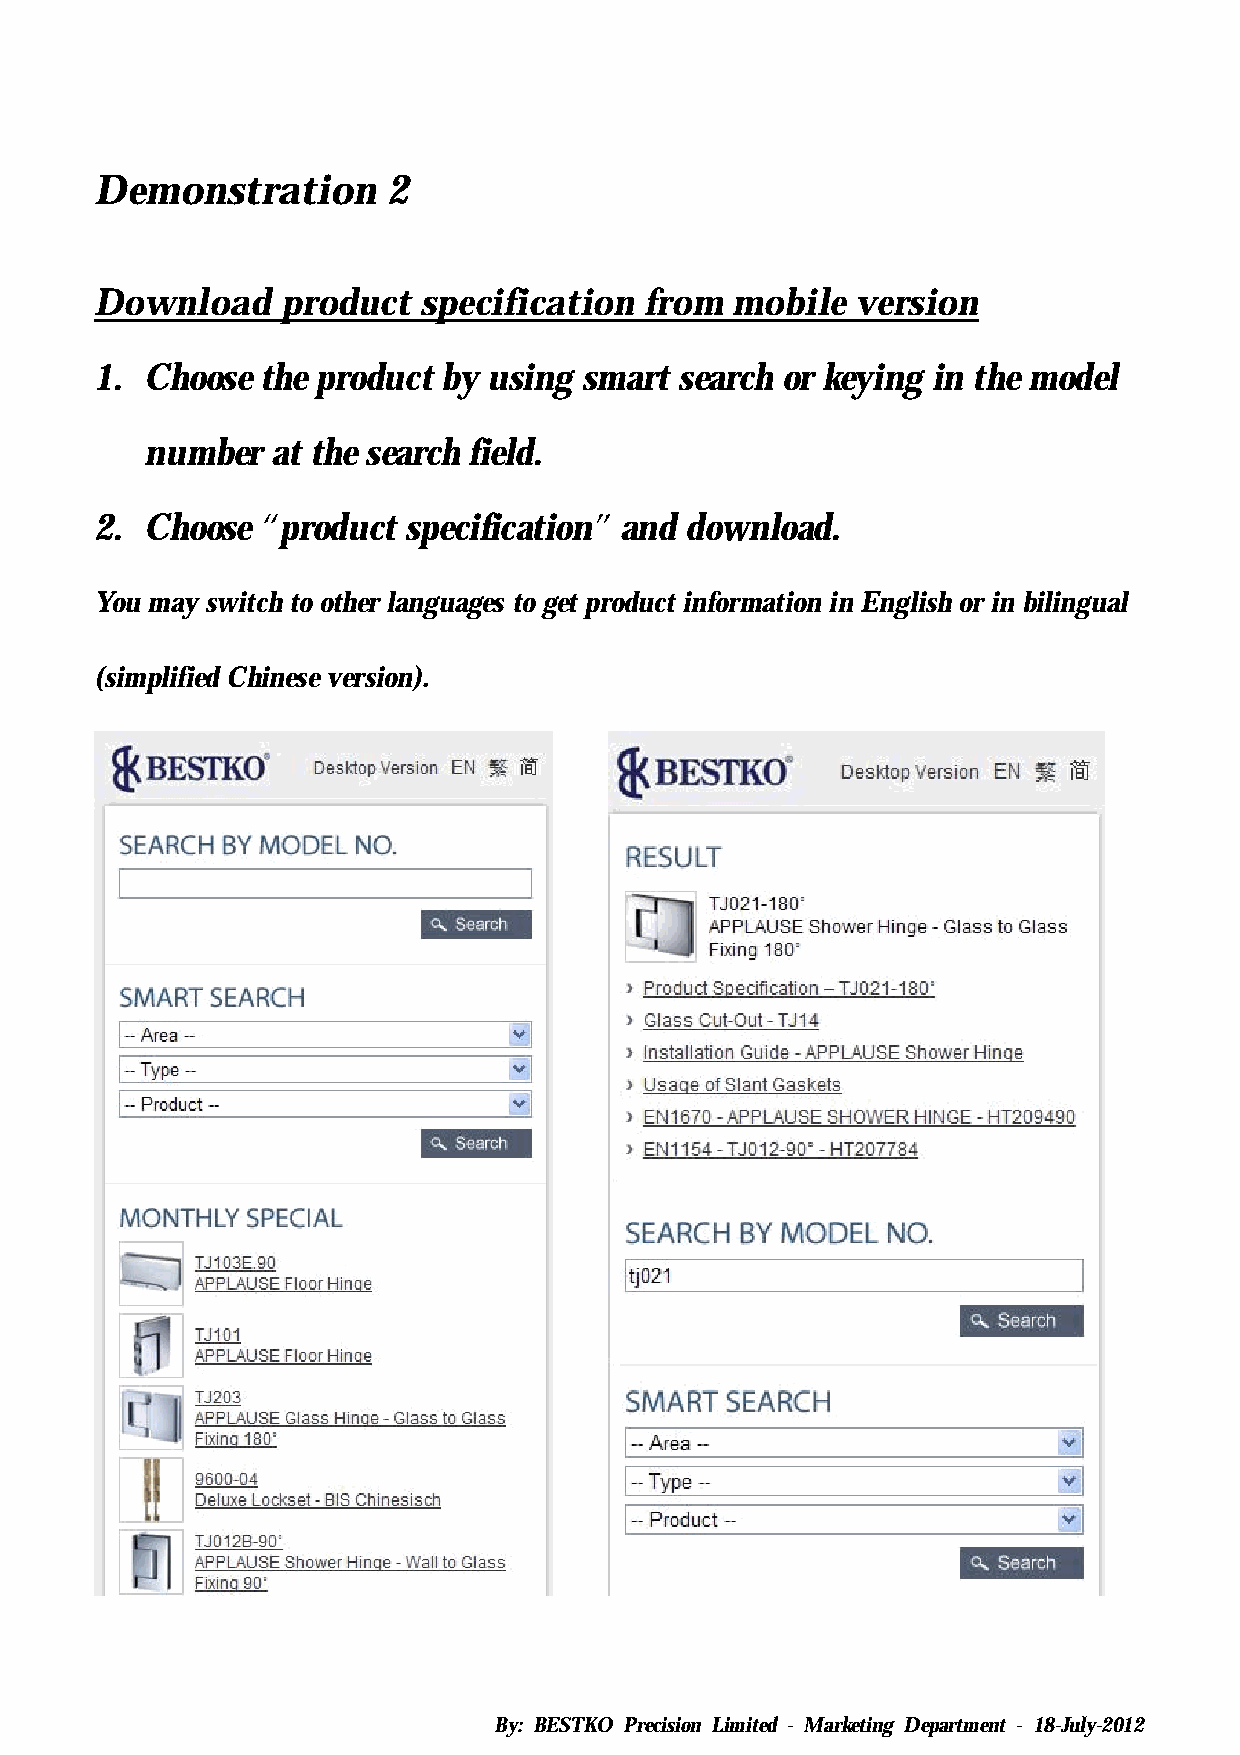
Demonstration       2
 Download     product  specification  from mobile   version
 1.  Choose the product by using  smart search or keying in the model
 number  at the search field.
 2.  Choose “product  specification” and download.
 You may switch to other languages to get product information in English or in bilingual
 (simplified Chinese version).
 By: BESTKO Precision Limited - Marketing Department - 18-July-2012